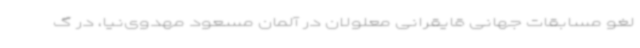
لغو مسابقات جهانی قایقرانی معلولان در آلمان مسعود مهدوی‌نیا، در گ